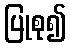
ပြုစု၍